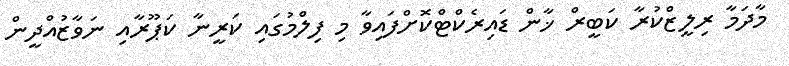
މާދަމާ ރިލީޒްކުރާ ކަބީރް ޚާން ޑައިރެކްޓްކޮށްފައިވާ މި ފިލްމުގައި ކަރީނާ ކަޕޫރާއި ނަވާޒުއްދީން